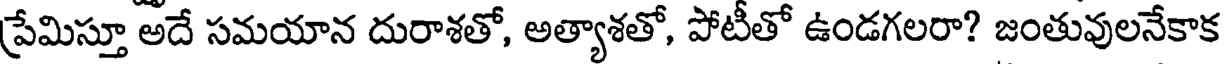
ప్రేమిస్తూ అదే సమయాన దురాశతో, అత్యాశతో, పోటీతో ఉండగలరా? జంతువులనేకాక